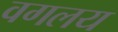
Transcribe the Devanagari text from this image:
वगलय